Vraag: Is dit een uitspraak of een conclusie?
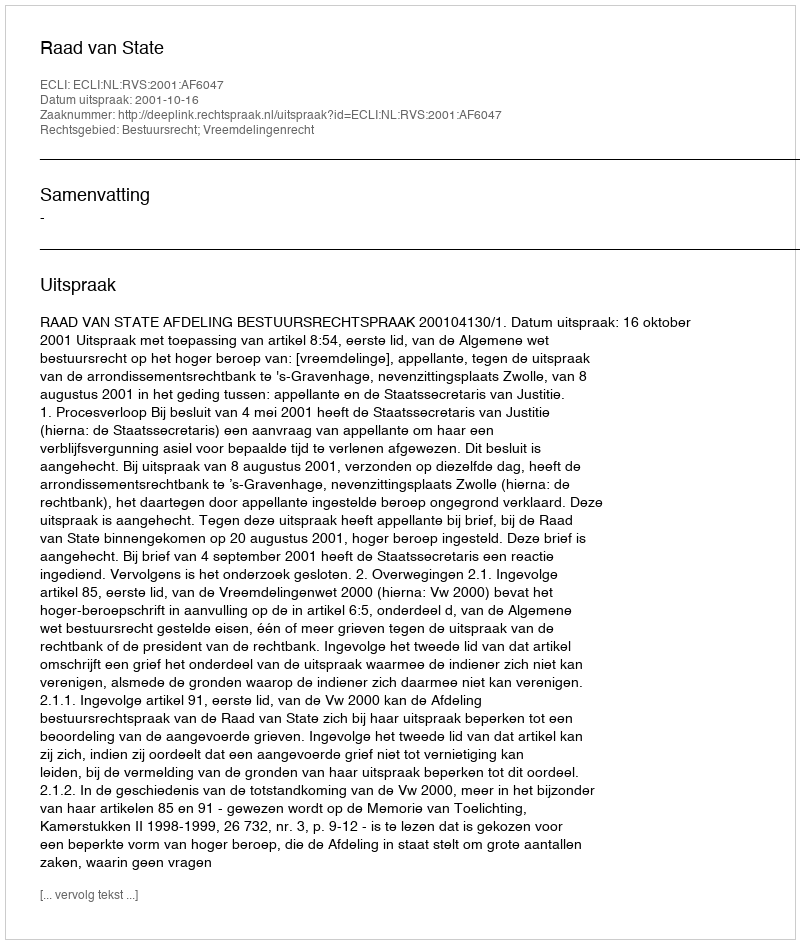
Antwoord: Uitspraak